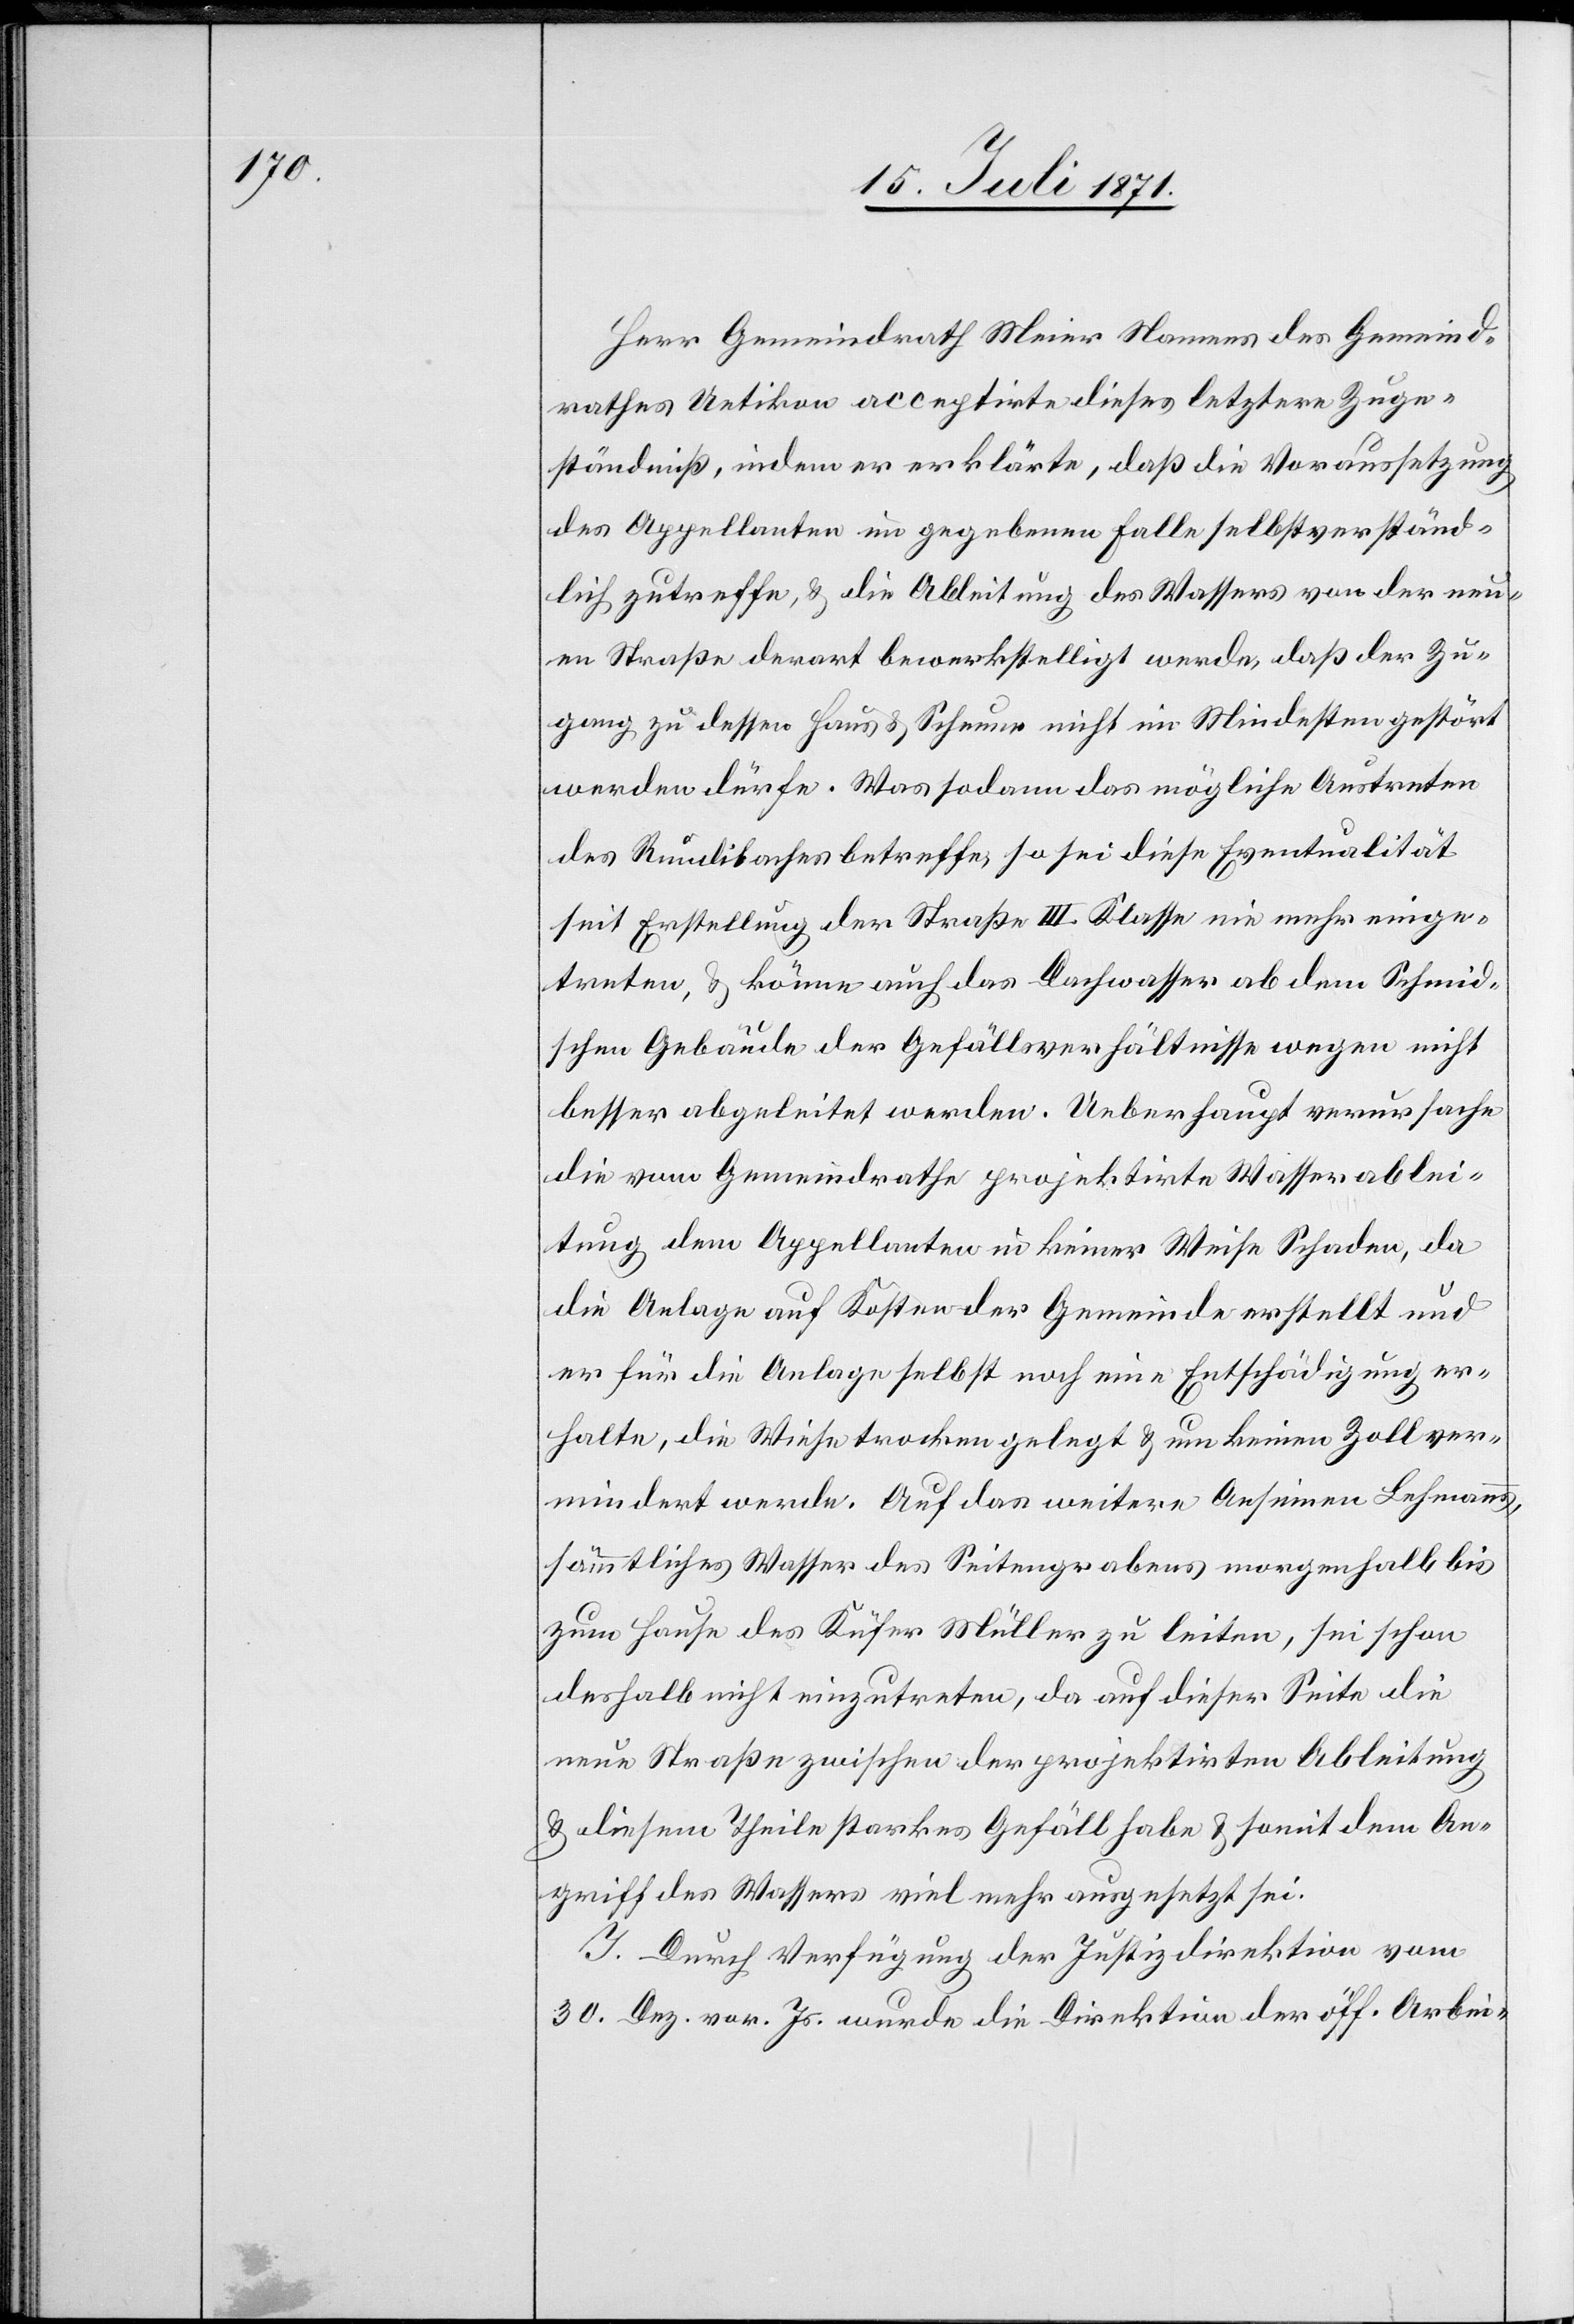
Herr Gemeindrath Meier Namens des Gemeind¬
rathes Uetikon acceptirte dieses letztere Zuge¬
ständniß, indem er erklärt, daß die Voraussetzung
des Appellanten im gegebenen Falle selbstverständ¬
lich zutreffe, u. die Ableitung des Wassers von der neu¬
en Straße derart bewerkstelligt werde, daß der Zu¬
gang zu dessen Haus u. Scheune nicht im Mindesten gestört
werden dürfe. Was sodann das mögliche Austreten
des Rundibaches betreffe, so sei diese Eventualität
seit Erstellung der Straße III. Klasse nie mehr einge¬
treten, u. könne auch das Dachwasser ab dem Schmid¬
schen Gebäude der Gefällsverhältnisse wegen nicht
besser abgeleitet werden. Ueberhaupt verursache
die vom Gemeindrathe projektirte Wasserablei¬
tung dem Appellanten in keiner Weise Schaden, da
die Anlage auf Kosten der Gemeinde erstellt und
er für die Anlage selbst noch eine Entschädigung er¬
halte, die Wiese trocken gelegt, um keinen Zoll ver¬
mindert werde. Auf das weitere Ansinnen Lehmanns,
sämmtliches Wasser des Seitengrabens morgenhalb bis
zum Hause des Küfer Müller zu leiten, sei schon
deshalb nicht einzutreten, da auf dieser Seite die
neue Straße zwischen der projektirten Ableitung
u. diesem Theile starkes Gefäll habe u. somit dem An¬
griff des Wassers viel mehr ausgesetzt sei.
I. Durch Verfügung der Justizdirektion vom
30. Dez. vor. Js. wurde die Direktion der öff. Arbei-